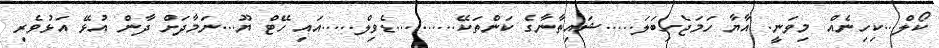
ކޯލް...ކިހިނެއް މިވަނީ. އާޔާ ހަމަޖެހިބަލަ.....ޝައިތާނާގެ ކަންތަކޭ..........ޑެވިލް.....އައި ހޭޓް ޔޫ...ނަމާދަށް ދާން އުޅޭ އަޅުވެރި